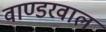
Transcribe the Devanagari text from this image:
वाण्डरवाल